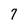
Character: 7